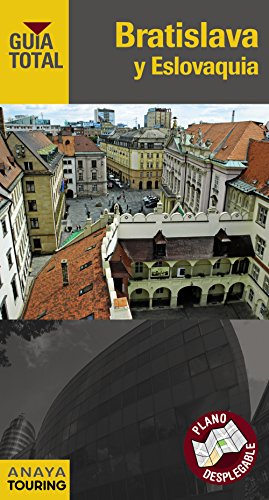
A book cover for Bratislava y Eslovaquia / Bratislava and Slovakia (Guia Total / Total Guide) (Spanish Edition); Travel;